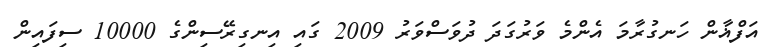
އަފްޣާން ހަނގުރާމަ އެންމެ ވަރުގަދަ ދުވަސްވަރު 2009 ގައި އިނގިރޭސިންގެ 10000 ސިފައިން